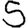
Digit: 5